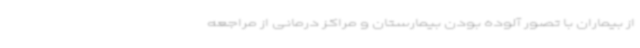
از بیماران با تصور آلوده بودن بیمارستان‌ و مراکز درمانی از مراجعه